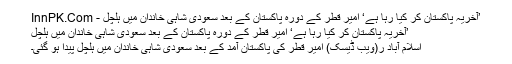
’آخریہ پاکستان کر کیا رہا ہے‘ امیر قطر کے دورہ پاکستان کے بعد سعودی شاہی خاندان میں ہلچل - InnPK.Com
’آخریہ پاکستان کر کیا رہا ہے‘ امیر قطر کے دورہ پاکستان کے بعد سعودی شاہی خاندان میں ہلچل
اسلام آباد ر(ویب ڈیسک) امیرِ قطر کی پاکستان آمد کے بعد سعودی شاہی خاندان میں ہلچل پیدا ہو گئی۔